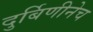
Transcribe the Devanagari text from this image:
दुर्बिणीनेच